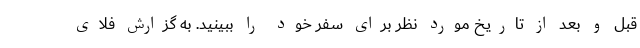
قبل و بعد از تاریخ مورد نظر برای سفر خود را ببینید. به گزارش فلای